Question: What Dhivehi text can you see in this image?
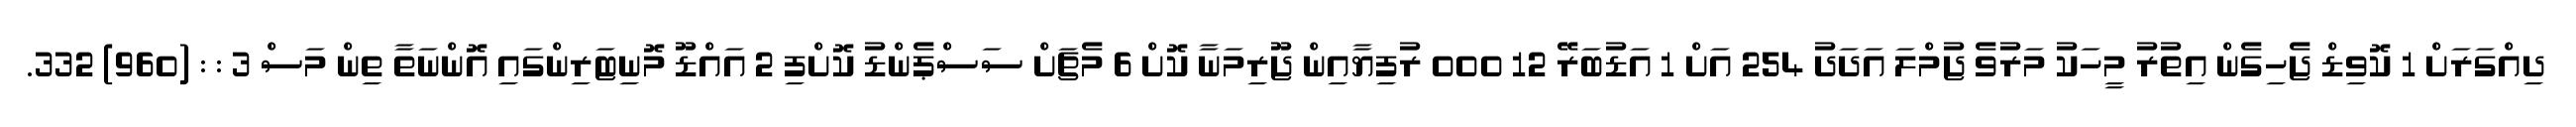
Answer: ދިއްގަރަށް 1 ކޮވިޑް ޖެހިގެން އިތުރު މީހަކު މަރުވެ ޖުމްލަ އަދަދު 254 އަށް 1 އަޑުބަރޭ 12 000 ރުފިޔާއިން ޖޫރިމަނާ ކޮށް 6 މެޗަށް ސަސްޕެންޑު ކޮށްފި 2 އައްޑޫ މޮނިޓަރިންގައި އޮންނަތާ ތިން މަސް 3 : : (960) 332.